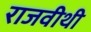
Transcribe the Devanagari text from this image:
राजवीथी